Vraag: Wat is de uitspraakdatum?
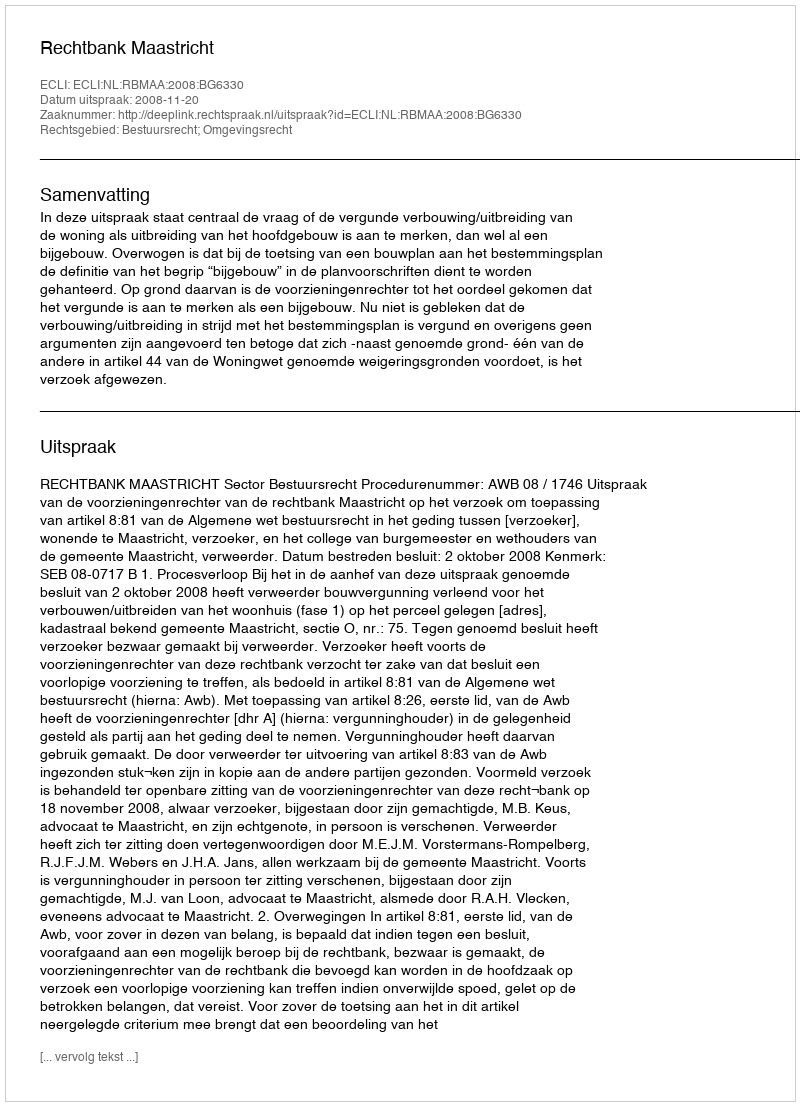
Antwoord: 2008-11-20